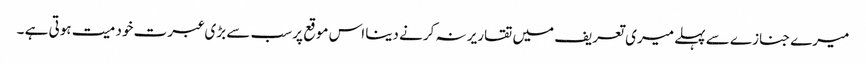
میرے جنازے سے پہلے میری تعریف میں تقاریر نہ کرنے دینا اس موقع پر سب سے بڑی عبرت خود میت ہوتی ہے ۔